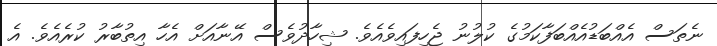
ނެތަސް އެއްބަޑުއެއްބަފާކަމުގެ ކުލުނު ޖެހިފައިވެއެވެ. ޝިހާދުވެސް އޭނާއަށް އެހާ އިތުބާރު ކުރެއެވެ. އެ